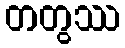
တတွဿ